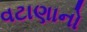
વટાણાનો